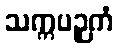
သက္ကပဉှကံ